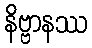
နိဗ္ဗာနဿ